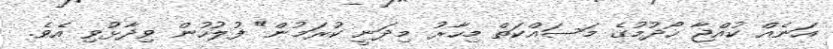
އަނެއް ކުއްޖާ ހޯދުމުގެ މަސައްކަތް މިހާރު މިދަނީ ކުރަމުން" ފުލުހުން ވިދާޅުވި އެވެ.